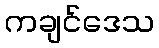
ကချင်ဒေသ